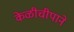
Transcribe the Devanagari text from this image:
केळीचीपाने